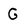
Character: G